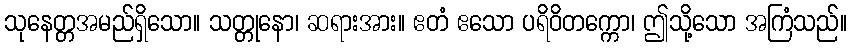
သုနေတ္တအမည်ရှိသော။ သတ္တုနော၊ ဆရားအား။ ဧတံ ဧသော ပရိဝိတက္ကော၊ ဤသို့သော အကြံသည်။